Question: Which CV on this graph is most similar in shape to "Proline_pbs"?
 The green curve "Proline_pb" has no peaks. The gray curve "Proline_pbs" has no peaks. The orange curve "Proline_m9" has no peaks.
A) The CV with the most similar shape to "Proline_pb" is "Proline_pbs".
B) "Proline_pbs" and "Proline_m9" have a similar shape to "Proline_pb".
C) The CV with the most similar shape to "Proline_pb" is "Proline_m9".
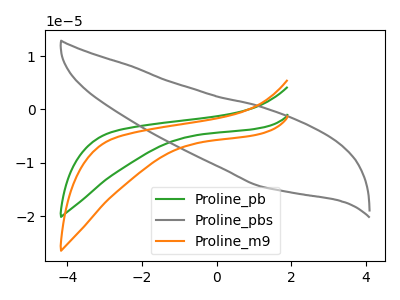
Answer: <think>Neither "Proline_pb" or "Proline_pbs" have any peaks. Neither "Proline_pb" or "Proline_m9" have any peaks. Neither "Proline_pbs" or "Proline_m9" have any peaks.
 </think>
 <answer>B) "Proline_pbs" and "Proline_m9" have a similar shape to "Proline_pb".</answer>
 <eval>B</eval>